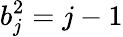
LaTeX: b_{j}^{2}=j-1